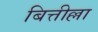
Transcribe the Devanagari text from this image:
बित्तील्ला